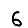
Digit: 6